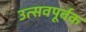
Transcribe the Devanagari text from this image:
उत्सवपूर्वक